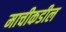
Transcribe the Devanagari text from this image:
माचीकडील